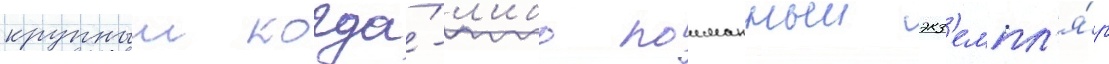
крупныи когда́-л'ибо поиманныи экз'емпл'я́р